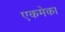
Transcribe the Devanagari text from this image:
एकमेका